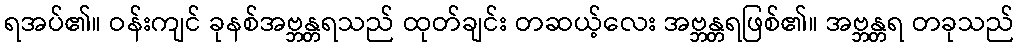
ရအပ်၏။ ဝန်းကျင် ခုနစ်အဗ္ဘန္တရသည် ထုတ်ချင်း တဆယ့်လေး အဗ္ဘန္တရဖြစ်၏။ အဗ္ဘန္တရ တခုသည်